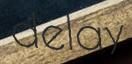
delay